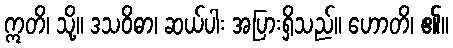
ဣတိ၊ သို့။ ဒသဝိဓာ၊ ဆယ်ပါး အပြားရှိသည်။ ဟောတိ၊ ၏။